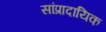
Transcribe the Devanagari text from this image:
सांप्रादायिक